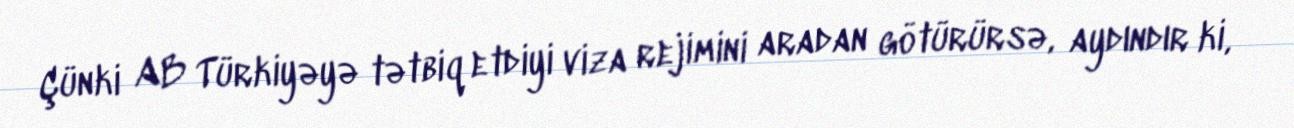
Çünki AB Türkiyəyə tətbiq etdiyi viza rejimini aradan götürürsə, aydındır ki,